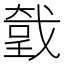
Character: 𢧤